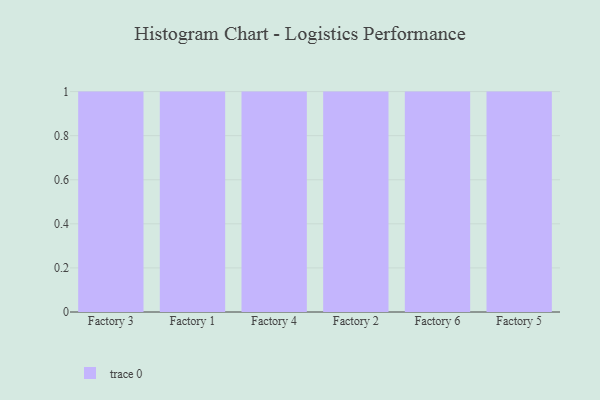
{"axis": {"x": "Factory", "y": "Bounce Rate (%)"}, "legend": [""], "data": [{"x": "Factory 3", "y": 12, "type": ""}, {"x": "Factory 1", "y": 71, "type": ""}, {"x": "Factory 4", "y": 83, "type": ""}, {"x": "Factory 2", "y": 69, "type": ""}, {"x": "Factory 6", "y": 83, "type": ""}, {"x": "Factory 5", "y": 22, "type": ""}]}